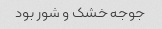
جوجه خشک و شور بود